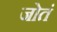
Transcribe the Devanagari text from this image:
जोतं